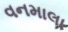
વનમાલા